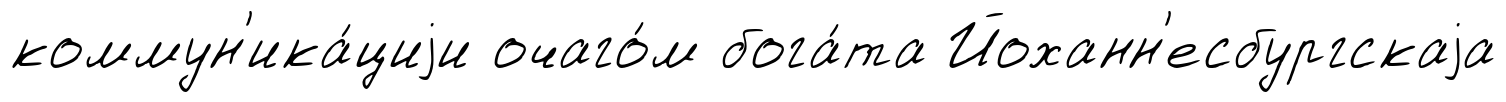
коммун'ика́циjи очаго́м бога́та Йоханн'есбургскаjа